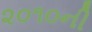
૨૦૧૦ની